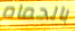
بالحمام